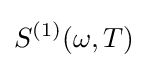
S^{(1)}(\omega ,T)